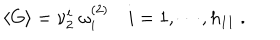
\langle G \rangle = \nu _ { 2 } ^ { i } \ \omega _ { i } ^ { ( 2 ) } \quad i = 1 , \cdots , h _ { 1 1 } \ .